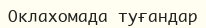
Оклахомада туғандар